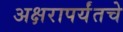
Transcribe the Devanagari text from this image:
अक्षरापर्यंतचे